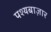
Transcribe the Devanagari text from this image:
पश्यबाज़ार